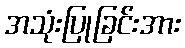
အသုံးပြုခြင်းအား